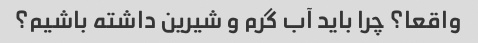
واقعا؟ چرا باید آب گرم و شیرین داشته باشیم؟